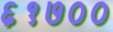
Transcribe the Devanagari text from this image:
६१७००